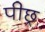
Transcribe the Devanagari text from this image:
पीछ्र